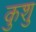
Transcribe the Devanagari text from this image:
कुशु